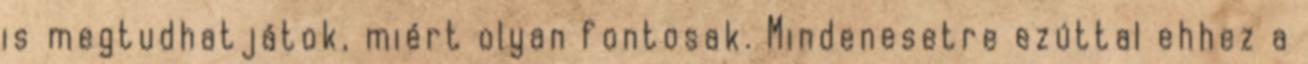
is megtudhatjátok, miért olyan fontosak. Mindenesetre ezúttal ehhez a